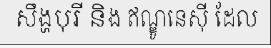
សឹង្ហបុរី និង ឥណ្ឌូនេស៊ី ដែល